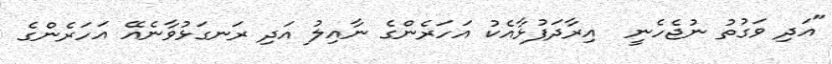
"އަދި ވަގުތު ނުޖެހެނީ  އިރާދަފުޅާއެކު އަހަރެންގެ ނާއިލު އަދި ރަނގަޅުވާނެއޭ އަހަރެންގެ